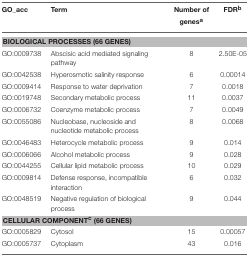
| GO_acc | Term | Number of genesa | FDRb |
 | --- | --- | --- | --- |
 | <COLSPAN=4> BIOLOGICAL PROCESSES (66 GENES) |
 | GO:0009738 | Abscisic acid mediated signaling pathway | 8 | 2.50E-05 |
 | GO:0042538 | Hyperosmotic salinity response | 6 | 0.00014 |
 | GO:0009414 | Response to water deprivation | 7 | 0.0018 |
 | GO:0019748 | Secondary metabolic process | 11 | 0.0037 |
 | GO:0006732 | Coenzyme metabolic process | 7 | 0.0049 |
 | GO:0055086 | Nucleobase, nucleoside and nucleotide metabolic process | 8 | 0.0068 |
 | GO:0046483 | Heterocycle metabolic process | 9 | 0.014 |
 | GO:0006066 | Alcohol metabolic process | 9 | 0.028 |
 | GO:0044255 | Cellular lipid metabolic process | 10 | 0.029 |
 | GO:0009814 | Defense response, incompatible interaction | 6 | 0.032 |
 | GO:0048519 | Negative regulation of biological process | 9 | 0.044 |
 | <COLSPAN=4> CELLULAR COMPONENTc (66 GENES) |
 | GO:0005829 | Cytosol | 15 | 0.00057 |
 | GO:0005737 | Cytoplasm | 43 | 0.016 |